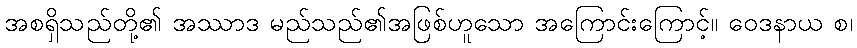
အစရှိသည်တို့၏ အဿာဒ မည်သည်၏အဖြစ်ဟူသော အကြောင်းကြောင့်။ ဝေဒနာယ စ၊